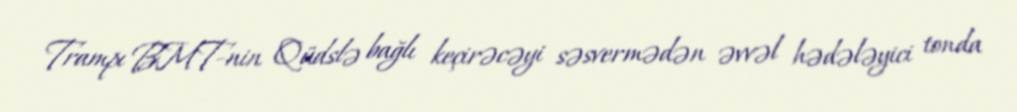
Trampı BMT-nin Qüdslə bağlı keçirəcəyi səsvermədən əvvəl hədələyici tonda